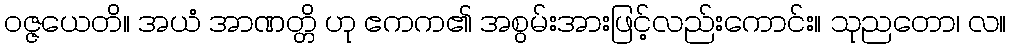
ဝဇ္ဇယေတိ။ အယံ အာဏတ္တိ ဟု ဧကက၏ အစွမ်းအားဖြင့်လည်းကောင်း။ သုညတော၊ လ။